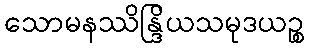
သောမနဿိန္ဒြိယသမုဒယဉ္စ